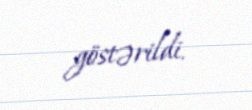
göstərildi.